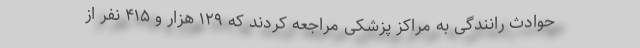
حوادث رانندگی به مراکز پزشکی مراجعه کردند که ۱۲۹ هزار و ۴۱۵ نفر از